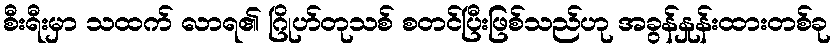
စီးရီးမှာ သထက် လာရ၏ ဂြိုဟ်တုသစ် စတင်ပြီးဖြစ်သည်ဟု အခွန်နှုန်းထားတစ်ခု